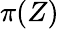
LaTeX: \pi(Z)